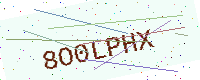
Text: 8O0LPHX